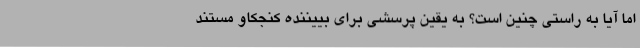
اما آیا به راستی چنین است؟ به یقین پرسشی برای بییننده کنجکاو مستند